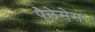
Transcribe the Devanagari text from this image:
पैलेसेस